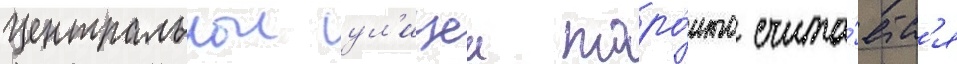
Центральнои ул'ицеи торо́нто счита́етс'я